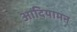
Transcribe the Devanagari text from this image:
आदियामन